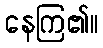
နေကြ၏။